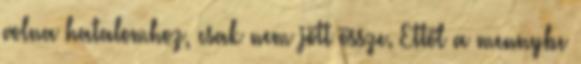
volna hatalomhoz, csak nem jött össze. Ettől a mennybe